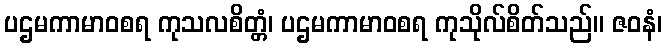
ပဌမကာမာဝစရ ကုသလစိတ္တံ၊ ပဌမကာမာဝစရ ကုသိုလ်စိတ်သည်။ ဇဝနံ၊